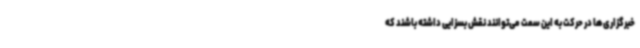
خبرگزاری‌ها در حرکت به این سمت می‌توانند نقش بسزایی داشته باشند که